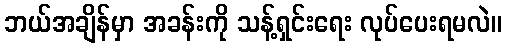
ဘယ်အချိန်မှာ အခန်းကို သန့်ရှင်းရေး လုပ်ပေးရမလဲ။